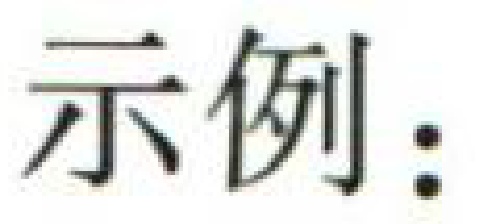
示例：